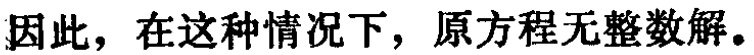
因此，在这种情况下，原方程无整数解。